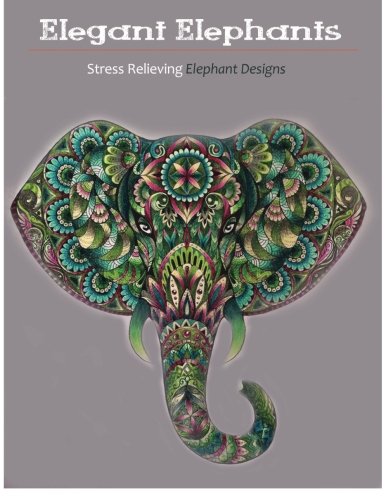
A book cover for Elegant Elephants: A Stress-Relieving  Adult Coloring books; Adult Coloring Books; Crafts, Hobbies & Home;